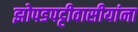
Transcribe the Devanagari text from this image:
झोपडपट्टीवासीयांना